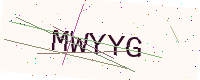
Text: MWYYG